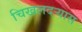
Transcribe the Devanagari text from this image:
चिखलदर्‍यास